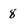
Character: 8